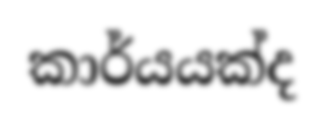
කාර්යයක්ද